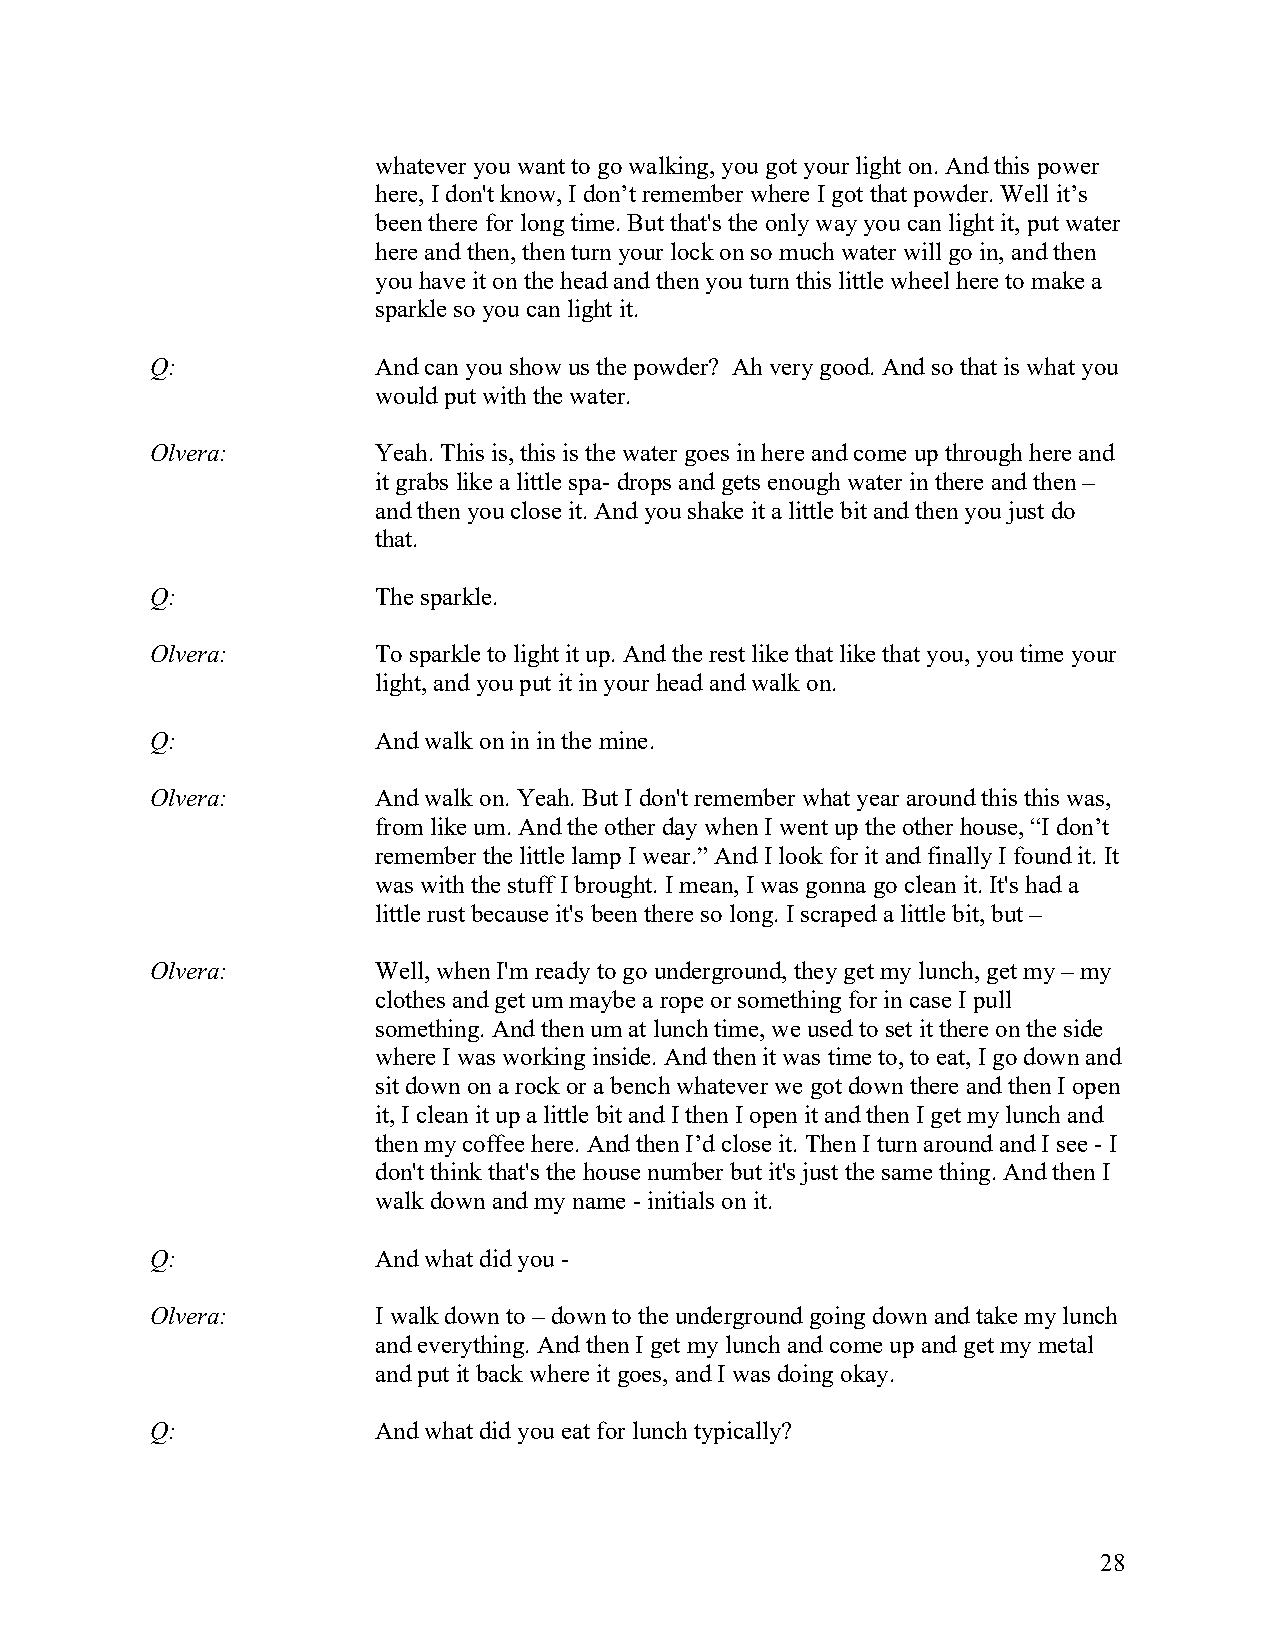
whatever you want to go walking, you got your light on. And this power
 here, I don't know, I don’t remember where I got that powder. Well it’s
 been there for long time. But that's the only way you can light it, put water
 here and then, then turn your lock on so much water will go in, and then
 you have it on the head and then you turn this little wheel here to make a
 sparkle so you can light it.
 Q:             And can you show us the powder? Ah very good. And so that is what you
 would put with the water.
 Olvera:        Yeah. This is, this is the water goes in here and come up through here and
 it grabs like a little spa- drops and gets enough water in there and then –
 and then you close it. And you shake it a little bit and then you just do
 that.
 Q:             The sparkle.
 Olvera:        To sparkle to light it up. And the rest like that like that you, you time your
 light, and you put it in your head and walk on.
 Q:             And walk on in in the mine.
 Olvera:        And walk on. Yeah. But I don't remember what year around this this was,
 from like um. And the other day when I went up the other house, “I don’t
 remember the little lamp I wear.” And I look for it and finally I found it. It
 was with the stuff I brought. I mean, I was gonna go clean it. It's had a
 little rust because it's been there so long. I scraped a little bit, but –
 Olvera:        Well, when I'm ready to go underground, they get my lunch, get my – my
 clothes and get um maybe a rope or something for in case I pull
 something. And then um at lunch time, we used to set it there on the side
 where I was working inside. And then it was time to, to eat, I go down and
 sit down on a rock or a bench whatever we got down there and then I open
 it, I clean it up a little bit and I then I open it and then I get my lunch and
 then my coffee here. And then I’d close it. Then I turn around and I see - I
 don't think that's the house number but it's just the same thing. And then I
 walk down and my name - initials on it.
 Q:             And what did you -
 Olvera:        I walk down to – down to the underground going down and take my lunch
 and everything. And then I get my lunch and come up and get my metal
 and put it back where it goes, and I was doing okay.
 Q:             And what did you eat for lunch typically?
 28